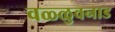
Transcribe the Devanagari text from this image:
वळ्ळुवनाड